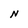
Character: N